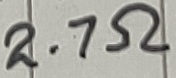
Text: 2.7Ω